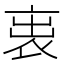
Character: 𧙉